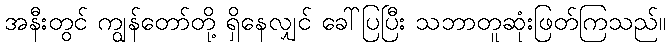
အနီးတွင် ကျွန်တော်တို့ ရှိနေလျှင် ခေါ်ပြပြီး သဘာတူဆုံးဖြတ်ကြသည်။